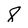
Character: 8